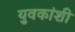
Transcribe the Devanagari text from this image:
युवकांशी